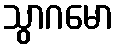
သွာဂမော